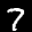
Label: 7